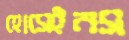
হোসেইনস